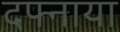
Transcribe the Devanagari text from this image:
दफ्नाया